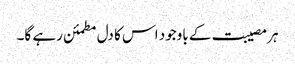
ہر مصیبت کے باوجود اس کا دل مطمئن رہے گا۔